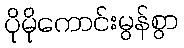
ပိုမိုကောင်းမွန်စွာ